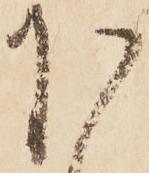
下